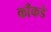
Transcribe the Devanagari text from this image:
काँकडे